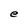
Character: e